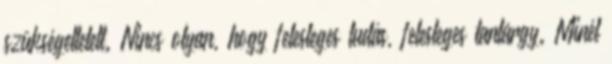
szükségeltetett. Nincs olyan, hogy felesleges tudás, felesleges tantárgy. Minél